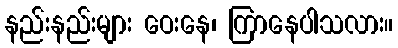
နည်းနည်းများ ဝေးနေ၊ ကြာနေပါသလား။